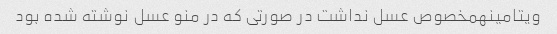
ویتامینهمخصوص عسل نداشت در صورتی که در منو عسل نوشته شده بود